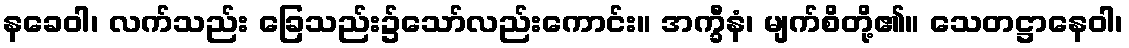
နခေဝါ၊ လက်သည်း ခြေသည်း၌သော်လည်းကောင်း။ အက္ခီနံ၊ မျက်စိတို့၏။ သေတဋ္ဌာနေဝါ၊